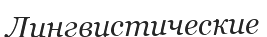
Лингвистические